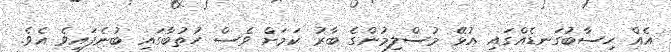
އެއް ހިސާބުގަނޑެއްގައި އުޅޭ މުސްލިމުންގެ ބާރު ކަމަށް ވެސް ހުތުބާގައި ބުނެފައިވެ އެވެ.